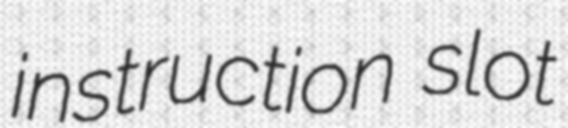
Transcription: instruction slot